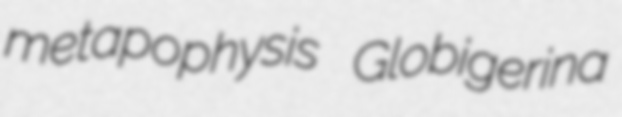
metapophysis Globigerina